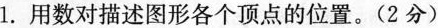
1.用数对描述图形各个顶点的位置。(2分)